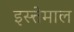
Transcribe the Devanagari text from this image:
इस्त्तेमाल